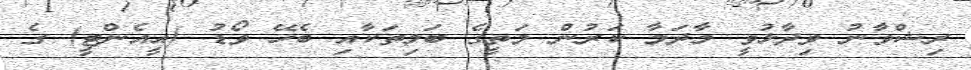
ރިޝްވާނު ވިދާޅުވީ މާދަމާ ކަރުން މަތީގެ ބަލިތަކާއި ބެހޭ ވޯޑު (އީއެންޓީ) ގެ